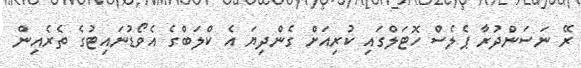
ރޭ ނަސަންދުރާ ޕެލެސް ހޮޓަލްގައި ކުރިއަށް ގެންދިޔަ އެ ކްލަބްގެ އެވޯޑުނައިޓުގެ ތެރެއިން